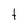
Character: t